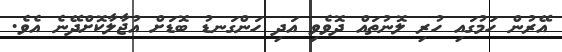
އޭރުން ހަމުގައި ހުރި ލޮނުތައް ދޮވެވި އަދި ހަންގަނޑު ބޮޑަށް އުޖާލާކޮށްދޭނެ އެވެ.